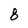
Character: 8